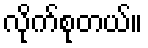
လိုက်စုတယ်။